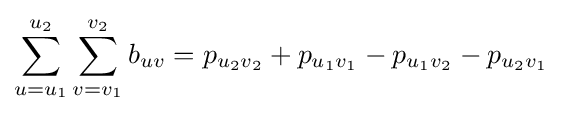
\sum _{u=u_{1}}^{u_{2}}\sum _{v=v_{1}}^{v_{2}}b_{uv}=p_{u_{2}v_{2}}+p_{u_{1}v_{1}}-p_{u_{1}v_{2}}-p_{u_{2}v_{1}}